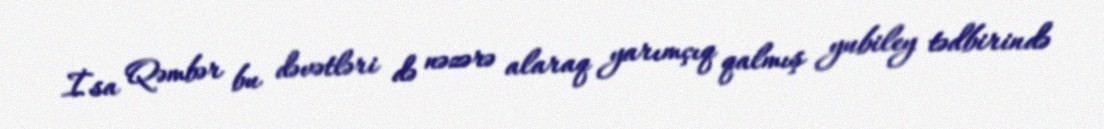
İsa Qəmbər bu dəvətləri də nəzərə alaraq yarımçıq qalmış yubiley tədbirində